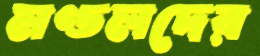
মণ্ডলদের